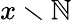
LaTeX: x\smallsetminus\mathbb{N}